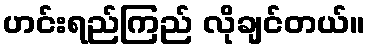
ဟင်းရည်ကြည် လိုချင်တယ်။